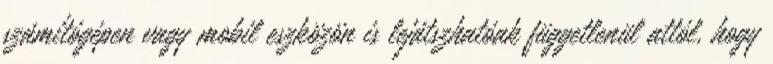
számítógépen vagy mobil eszközön is lejátszhatóak függetlenül attól, hogy